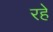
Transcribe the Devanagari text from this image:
रहेे